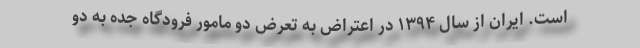
است. ایران از سال ۱۳۹۴ در اعتراض به تعرض دو مامور فرودگاه جده به دو